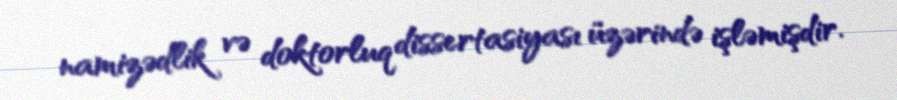
namizədlik və doktorluq dissertasiyası üzərində işləmişdir.